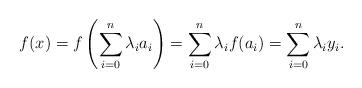
LaTeX: \begin{align*} f(x)=f\left(\sum_{i=0}^n\lambda_ia_i\right)=\sum_{i=0}^n\lambda_if(a_i)=\sum_{i=0}^n\lambda_iy_i. \end{align*}